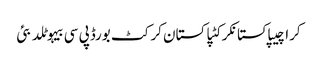
کراچیپاکستانکرکٹپاکستان کرکٹ بورڈپی سی بیہوٹلدبئی